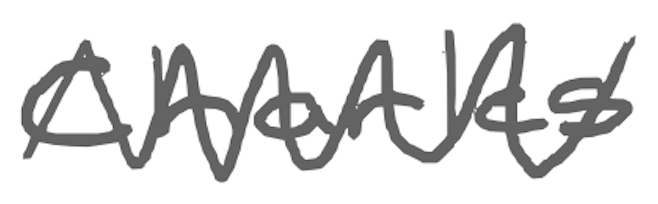
Text: Charles
Cross-out: zig-zag
Writing tool: digital_gray